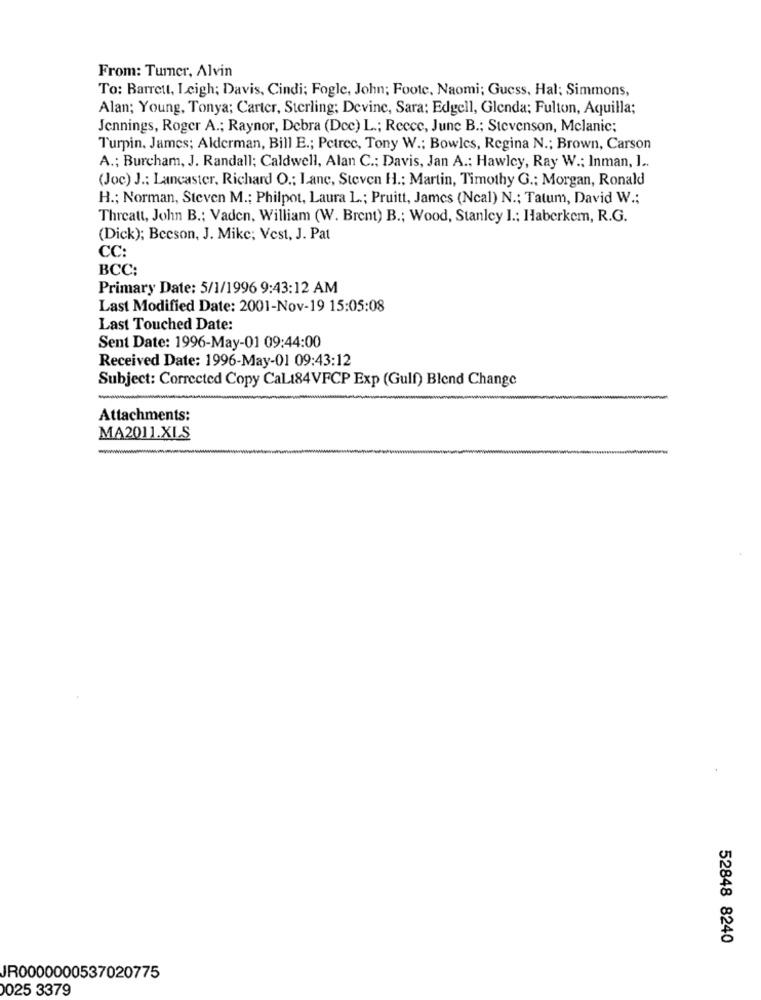
From: Tumer, Alvin
To: Barrett, Leigh; Davis, Cindi; Fogle, John; Foote. Naomi; Guess, Hal; Simmons,
Alan; Young, Tonya; Carter, Sterling; Devine, Sara: Edgell, Glenda; Fulton, Aquilla;
Jennings, Roger A .; Raynor, Debra (Doc) L .; Reece, June B .; Stevenson, Mclanic;
Turpin. James; Alderman, Bill E .; Pctrec, Tony W .; Bowles, Regina N .; Brown, Carson
A .; Burcham, J. Randall; Caldwell, Alan C .; Davis, Jan A .; Hawley, Ray W .; Inman, ] ..
(Joc) J .: Lancaster, Richard O .; Lane, Steven H .: Martin, Timothy G .; Morgan, Ronald
H .; Norman, Steven M .; Philpot, Laura L .; Pruitt, James (Ncal) N .; Tatum, David W .;
Threatt, John B .; Vaden, William (W. Brent) B .; Wood, Stanley I .: Haberkem, R.G.
(Dick); Becson, J. Mike; Vest, J. Pat
CC:
BCC:
Primary Date: 5/1/1996 9:43:12 AM
Last Modified Date: 2001-Nov-19 15:05:08
Last Touched Date:
Sent Date: 1996-May-01 09:44:00
Received Date: 1996-May-01 09:43:12
Subject: Corrected Copy CaL184VFCP Exp (Gulf) Blend Change
Attachments:
MA2011.XLS
-wwww
52848 8240
JR0000000537020775
0025 3379